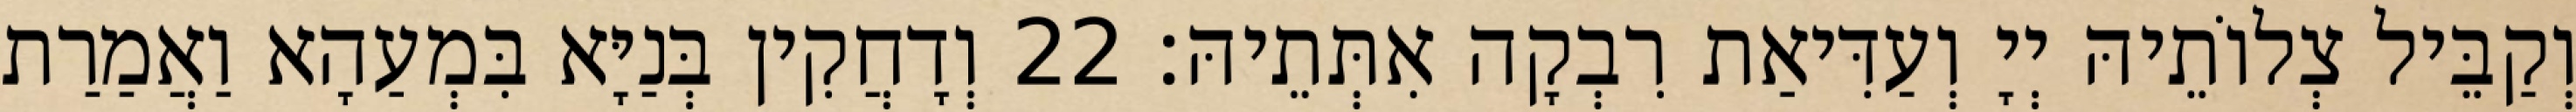
וְקַבֵּיל צְלוֹתֵיהּ יְיָ וְעַדִּיאַת רִבְקָה אִתְּתֵיהּ׃ 22 וְדָחֲקִין בְּנַיָּא בִּמְעַהָא וַאֲמַרַת